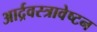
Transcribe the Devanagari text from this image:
आर्द्रवस्त्रावेष्टन